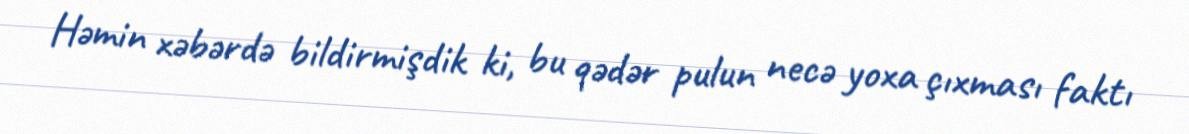
Həmin xəbərdə bildirmişdik ki, bu qədər pulun necə yoxa çıxması faktı